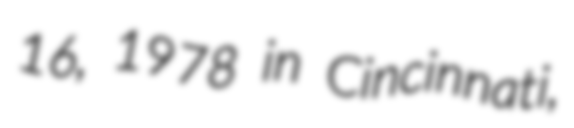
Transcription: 16, 1978 in Cincinnati,